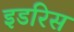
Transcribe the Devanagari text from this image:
इडरिस